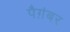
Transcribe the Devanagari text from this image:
पैग़ंबर